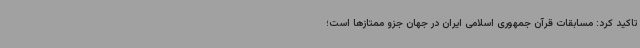
تاکید کرد: مسابقات قرآن جمهوری اسلامی ایران در جهان جزو ممتازها است؛